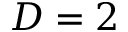
D = 2